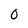
Character: O